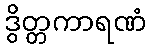
ဒွိတ္တကာရဏံ